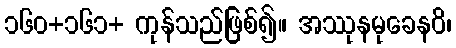
၁၆၀+၁၆၁+ ကုန်သည်ဖြစ်၍။ အဿုနမုခေနဝိ၊